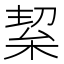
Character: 𭪛